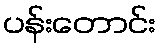
ပန်းတောင်း